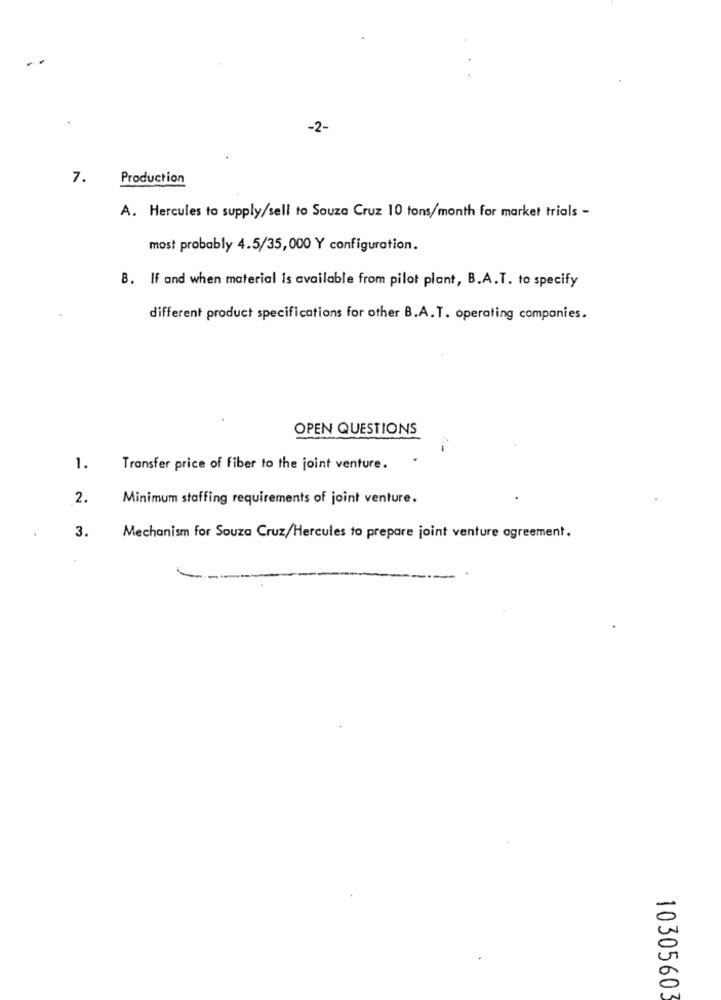
-2-
7.
Production
A. Hercules to supply/sell to Souza Cruz 10 tons/month for market trials -
most probably 4.5/35,000 Y configuration.
8. If and when material is available from pilot plant, B.A.T. to specify
different product specifications for other B.A.T. operating companies.
OPEN QUESTIONS
1.
Transfer price of fiber to the joint venture.
2.
Minimum staffing requirements of joint venture.
.
3.
Mechanism for Souza Cruz/Hercules to prepare joint venture agreement.
10305603